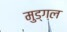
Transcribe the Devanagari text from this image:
मुड्गल